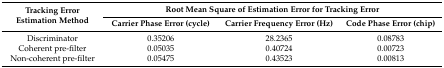
| <ROWSPAN=2> Tracking Error Estimation Method | <COLSPAN=3> Root Mean Square of Estimation Error for Tracking Error |
 | Carrier Phase Error (cycle) | Carrier Frequency Error (Hz) | Code Phase Error (chip) |
 | --- | --- | --- | --- |
 | Discriminator | 0.35206 | 28.2365 | 0.08783 |
 | Coherent pre-filter | 0.05035 | 0.40724 | 0.00723 |
 | Non-coherent pre-filter | 0.05475 | 0.43523 | 0.00813 |